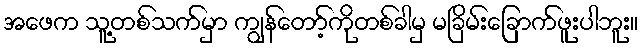
အဖေက သူ့တစ်သက်မှာ ကျွန်တော့်ကိုတစ်ခါမှ မခြိမ်းခြောက်ဖူးပါဘူး။